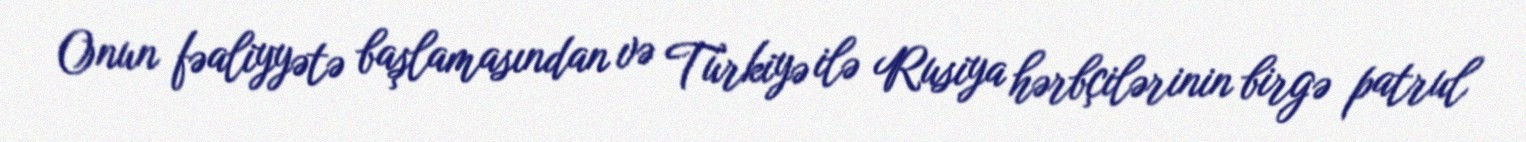
Onun fəaliyyətə başlamasından və Türkiyə ilə Rusiya hərbçilərinin birgə patrul